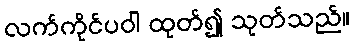
လက်ကိုင်ပဝါ ထုတ်၍ သုတ်သည်။